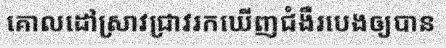
គោលដៅស្រាវជ្រាវរកឃើញជំងឺរបេងឲ្យបាន